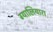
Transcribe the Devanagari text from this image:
ग्यालियारा